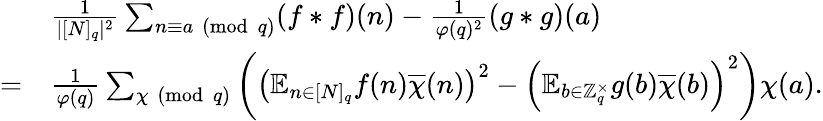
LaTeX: \begin{array}{r}{\begin{array}{rl}&{\frac{1}{|[N]_{q}|^{2}}\sum_{n\equiv a\pmod{q}}(f\ast f)(n)-\frac{1}{\varphi(q)^{2}}(g\ast g)(a)}\\ {=}&{\frac{1}{\varphi(q)}\sum_{\chi\pmod{q}}\left(\left(\mathbb{E}_{n\in[N]_{q}}f(n)\overline{{\chi}}(n)\right)^{2}-\left(\mathbb{E}_{b\in\mathbb{Z}_{q}^{\times}}g(b)\overline{{\chi}}(b)\right)^{2}\right)\chi(a).}\end{array}}\end{array}